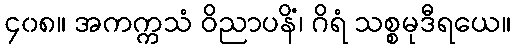
၄၀၈။ အကက္ကသံ ဝိညာပနိံ၊ ဂိရံ သစ္စမုဒီရယေ။